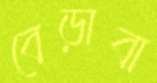
বেড়াবা